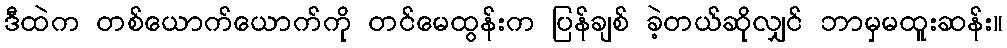
ဒီထဲက တစ်ယောက်ယောက်ကို တင်မေထွန်းက ပြန်ချစ် ခဲ့တယ်ဆိုလျှင် ဘာမှမထူးဆန်း။